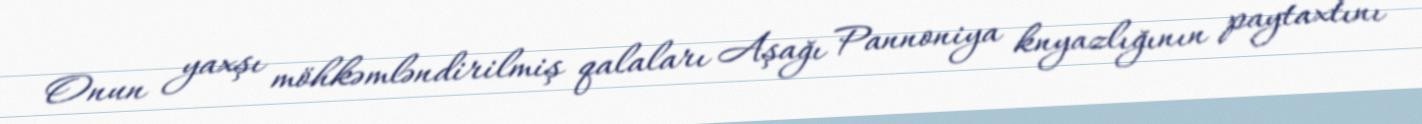
Onun yaxşı möhkəmləndirilmiş qalaları Aşağı Pannoniya knyazlığının paytaxtını